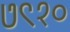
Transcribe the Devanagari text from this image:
७९१०